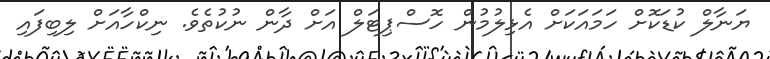
ޔަނާލް ކުޑަކޮށް ހަމައަކަށް އެޅިލުމުން ހޮސްޕިޓަލް އަށް ދާން ނުކުތެވެ. ނިކްހާއަށް ލިބިފައި